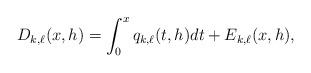
LaTeX: \begin{align*} D_{k,\ell}(x,h) = \int_{0}^{x} q_{k,\ell}(t,h) dt + E_{k,\ell}(x,h),\end{align*}